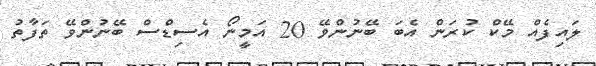
ލައިފެއް މޭކް ކުރަން އެބަ ބޭނުންވޭ 20 އަމީނޯ އެސިޑްސް ބޭނުންވޭ ތަފާތު